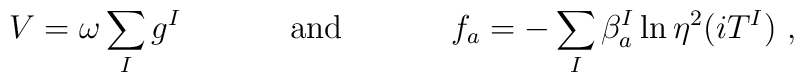
V=\omega \sum_I g^I~~~~~~~~~~{\rm and}~~~~~~~~~~f_a=- \sum_I\beta^I_a\ln\eta^2(iT^I)~,